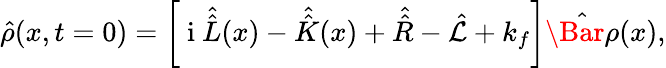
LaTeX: \hat{\rho}(x,t=0)=\bigg[{\mathrm{~i~}}\hat{\hat{L}}(x)-\hat{\hat{K}}(x)+\hat{\hat{R}}-\hat{\mathcal{L}}+k_{f}\bigg]\hat{\Bar{\rho}}(x),